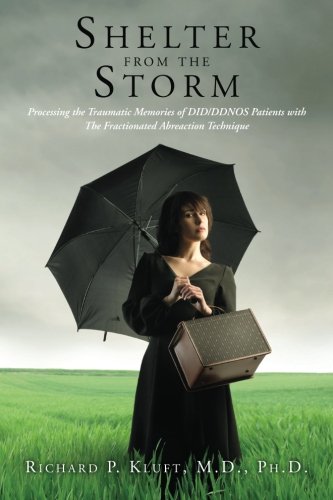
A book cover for Shelter from the Storm: Processing the Traumatic Memories of DID/DDNOS Patients  with The Fractionated Abreaction Technique (A Vademecum for the Treatment of DID/DDNOS) (Volume 1); Richard P. Kluft M.D.; Health, Fitness & Dieting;